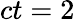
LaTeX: ct=2